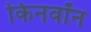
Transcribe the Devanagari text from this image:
किनवॉन